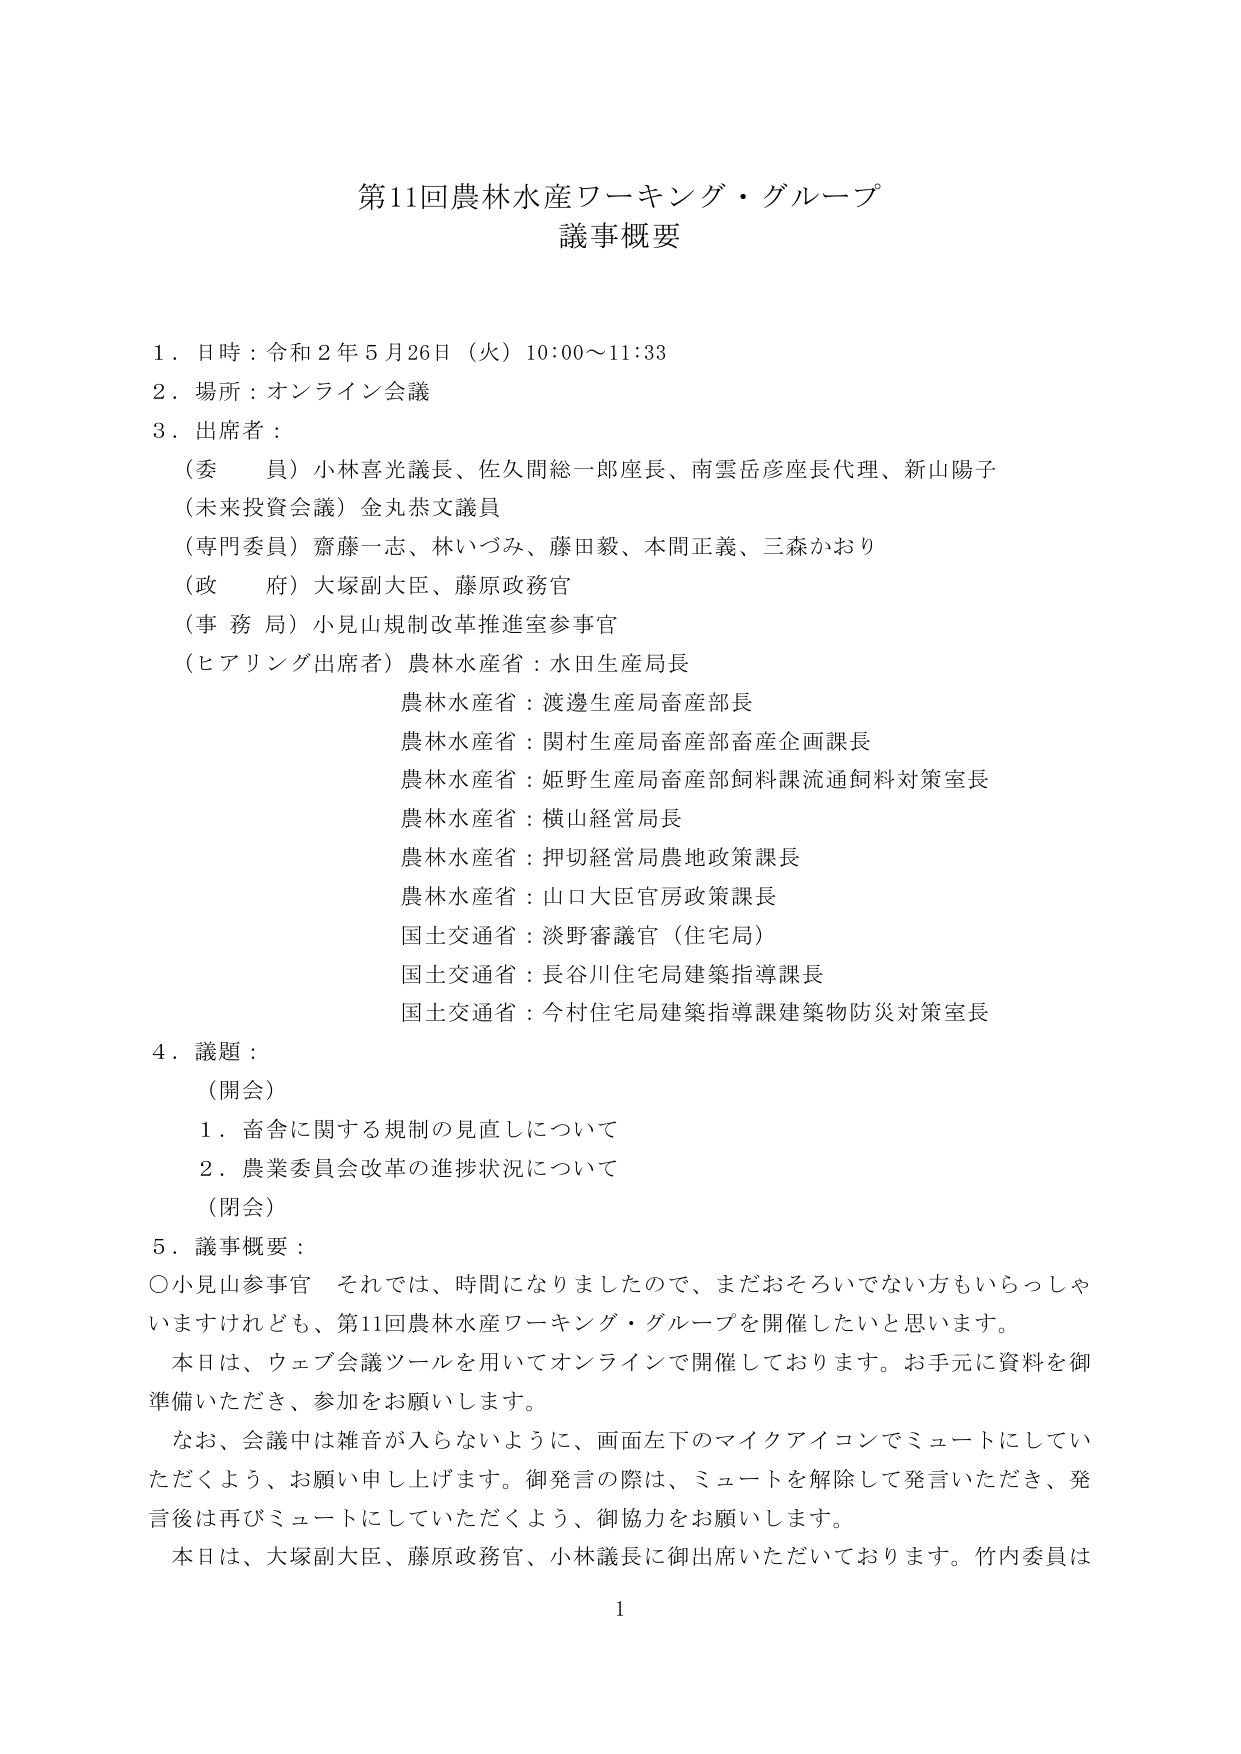
第11回農林水産ワーキング・グループ
議事概要

１．日時：令和２年５月26日（火）10:00～11:33
２．場所：オンライン会議
３．出席者：
（委員）小林喜光議長、佐久間総一郎座長、南雲岳彦座長代理、新山陽子
（未来投資会議）金丸恭文議員
（専門委員）齋藤一志、林いづみ、藤田毅、本間正義、三森かおり
（政府）大塚副大臣、藤原政務官
（事務局）小見山規制改革推進室参事官
（ヒアリング出席者）農林水産省：水田生産局長
農林水産省：渡邊生産局畜産部長
農林水産省：関村生産局畜産部畜産企画課長
農林水産省：姫野生産局畜産部飼料課流通飼料対策室長
農林水産省：横山経営局長
農林水産省：押切経営局農地政策課長
農林水産省：山口大臣官房政策課長
国土交通省：淡野審議官（住宅局）
国土交通省：長谷川住宅局建築指導課長
国土交通省：今村住宅局建築指導課建築物防災対策室長

４．議題：
（開会）
１．畜舎に関する規制の見直しについて
２．農業委員会改革の進捗状況について
（閉会）

５．議事概要：
○小見山参事官　それでは、時間になりましたので、まだおそろいでない方もいらっしゃいますけれども、第11回農林水産ワーキング・グループを開催したいと思います。
本日は、ウェブ会議ツールを用いてオンラインで開催しております。お手元に資料を御準備いただき、参加をお願いします。
なお、会議中は雑音が入らないように、画面左下のマイクアイコンでミュートにしていただきますよう、お願い申し上げます。御発言の際は、ミュートを解除して発言いただき、発言後は再びミュートにしていただきますよう、御協力をお願いします。
本日は、大塚副大臣、藤原政務官、小林議長に御出席いただいております。竹内委員は

1